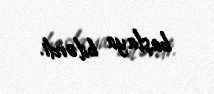
başlaya bilərdi.